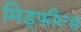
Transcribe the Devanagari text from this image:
मिड्फील्ड